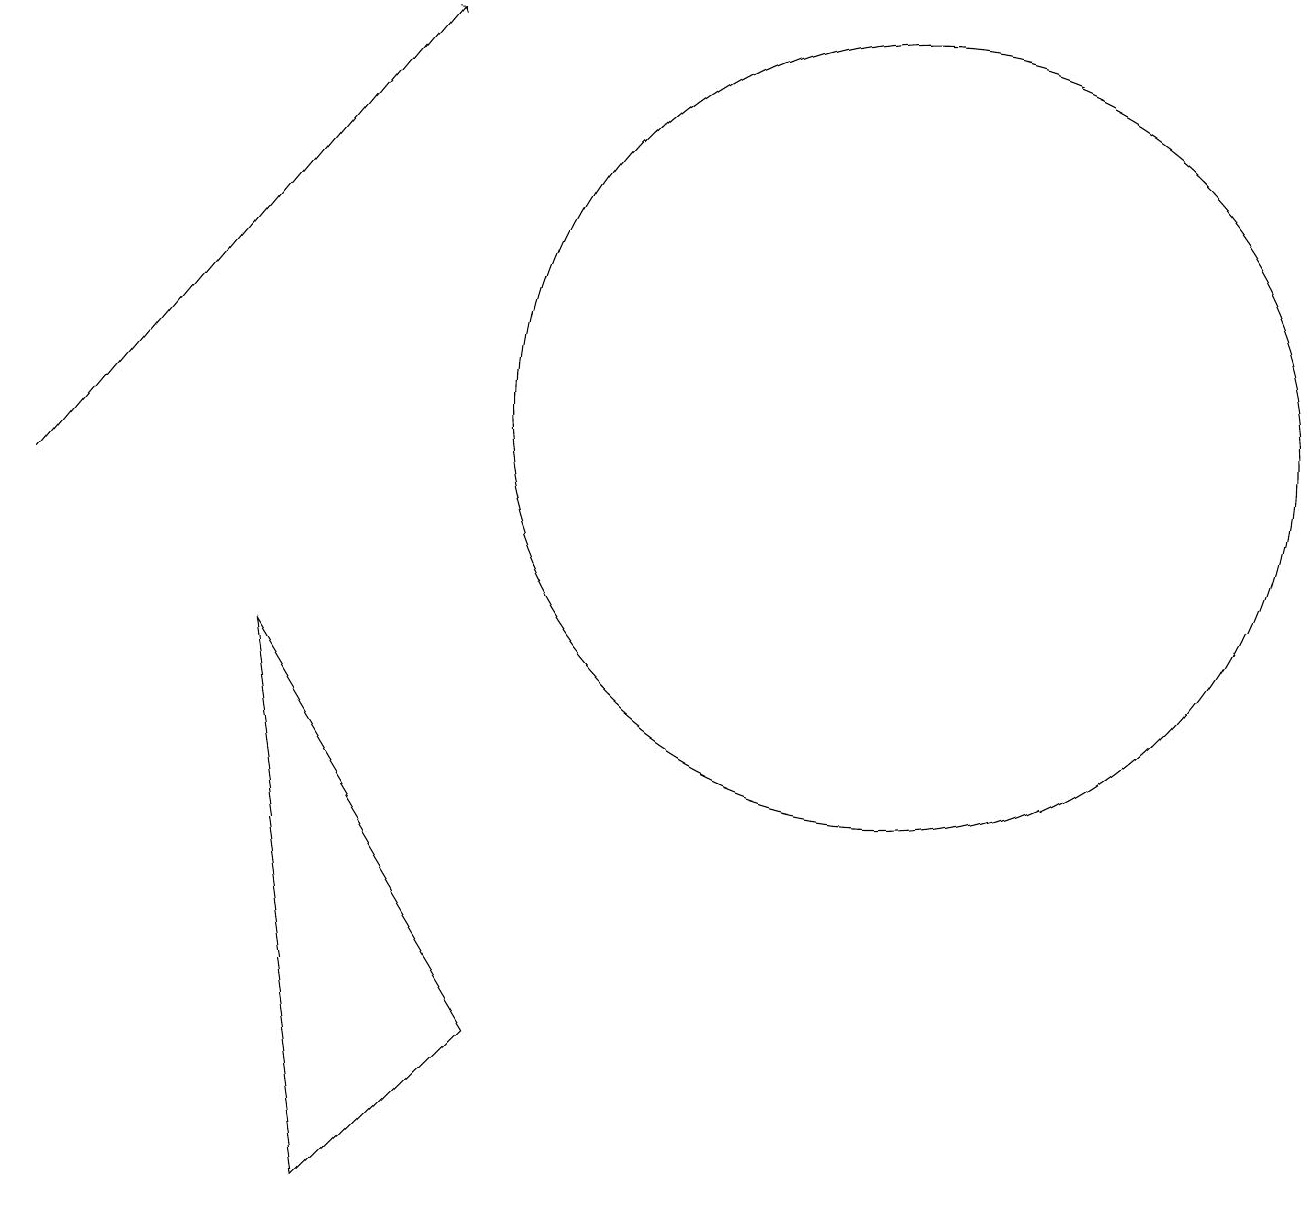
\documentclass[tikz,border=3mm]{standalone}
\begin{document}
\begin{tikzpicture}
\draw (12,11) circle (5);
\draw[->] (1,10) -- (6,16);
\draw (7,3) -- (5,1) -- (4,8) -- cycle;
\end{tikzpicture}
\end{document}